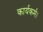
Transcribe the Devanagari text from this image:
कार्यकर्म।